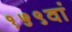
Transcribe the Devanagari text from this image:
१५९वां